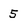
Character: 5